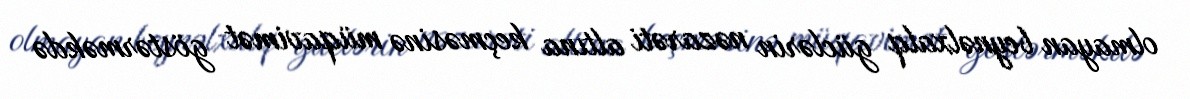
olmayan beynəlxalq güclərin nəzarəti altına keçməsinə müqavimət göstərməkdə